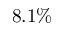
8 . 1 \%